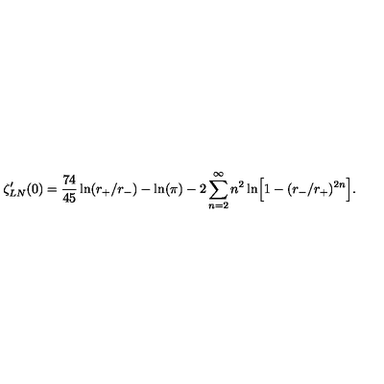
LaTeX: \zeta _ { L N } ^ { \prime } ( 0 ) = { \frac { 7 4 } { 4 5 } } \ln ( r _ { + } / r _ { - } ) - \ln ( \pi ) - 2 \sum _ { n = 2 } ^ { \infty } n ^ { 2 } \ln \Bigr [ 1 - ( r _ { - } / r _ { + } ) ^ { 2 n } \Bigr ] .